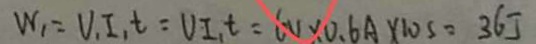
W _ { 1 } = V _ { 1 } I _ { 1 } t = V I _ { 1 } t = 6 v \times 0 . 6 A \times 1 0 s = 3 6 J